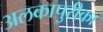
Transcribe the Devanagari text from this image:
अलकापुरीका